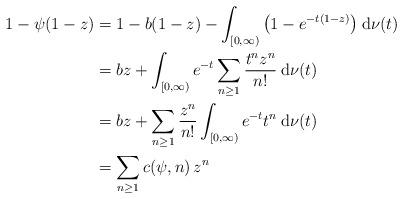
LaTeX: \begin{align*}1-\psi (1-z)&= 1-b(1-z)-\int_{[0, \infty)} \big( 1-e^{-t(1-z)} \big) {\: \rm d} \nu (t) \\ &= bz+\int_{[0, \infty)} e^{-t}\sum _{n\geq 1}\frac{t^n z^n}{n!} {\: \rm d} \nu(t) \\&= bz+\sum _{n\geq 1} \frac{z^n}{n!}\int _{[0, \infty)} e^{-t}t^n {\: \rm d} \nu(t) \\&=\sum _{n\geq 1}c(\psi ,n)\, z^n \end{align*}